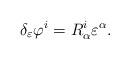
LaTeX: \begin{align*}\delta_\varepsilon \varphi^i = R^i_\alpha \varepsilon^\alpha .\end{align*}